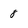
Character: 8